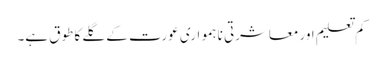
کم تعلیم اور معاشرتی نا ہمواری عورت کے گلے کا طوق ہے۔